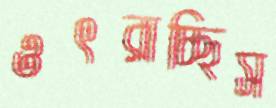
ওৎরাচ্ছিস